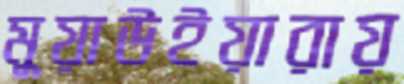
মুয়াউইয়ারায়